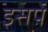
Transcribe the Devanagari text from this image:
इसपे